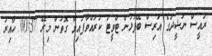
ރައީސް ނަޝީދުގެ އަރިސް ބޭފުޅުން ޓްވީޓު ކުރައްވާފައިވާ ގޮތުން މިރޭ 00:37 ހާއިރު